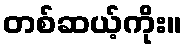
တစ်ဆယ့်ကိုး။